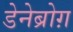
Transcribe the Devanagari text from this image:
डेनेब्रोग़